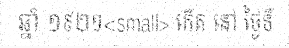
ឆ្នាំ ១៩២១<small> កើត នៅ ថ្ងៃទី